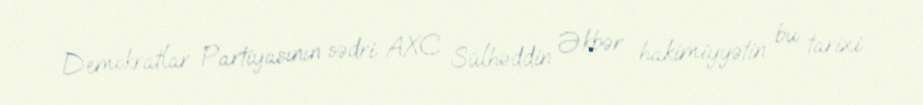
Demokratlar Partiyasının sədri AXC Sülhəddin Əkbər hakimiyyətin bu tarixi